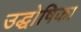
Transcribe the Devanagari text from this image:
उद्धोषिका